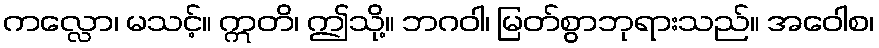
ကလ္လော၊ မသင့်။ ဣတိ၊ ဤသို့။ ဘဂဝါ၊ မြတ်စွာဘုရားသည်။ အဝေါစ၊